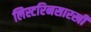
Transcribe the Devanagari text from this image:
लिस्टरिनसारखी